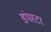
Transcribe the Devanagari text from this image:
डंपस्टर